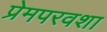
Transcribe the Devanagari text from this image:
प्रेमपरवशा